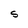
Character: S